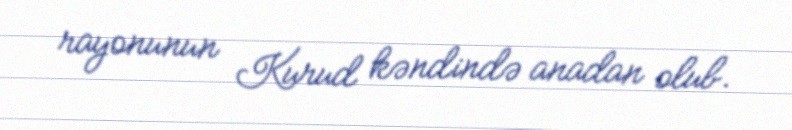
rayonunun Kurud kəndində anadan olub.